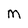
Character: M